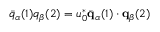
\bar { q } _ { \alpha } ( 1 ) q _ { \beta } ( 2 ) = u _ { 0 } ^ { * } \bar { \bf q } _ { \alpha } ( 1 ) \cdot { \bf q } _ { \beta } ( 2 )